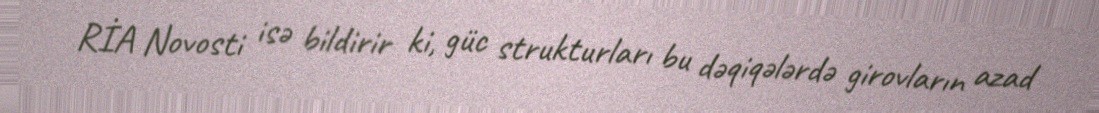
RİA Novosti isə bildirir ki, güc strukturları bu dəqiqələrdə girovların azad